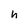
Character: h